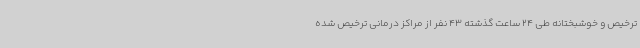
ترخیص و خوشبختانه طی 24 ساعت گذشته 43 نفر از مراکز درمانی ترخیص شده